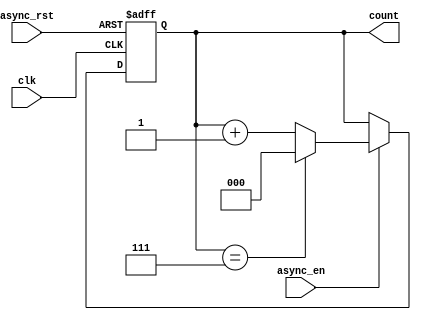
module mod_n_counter #(parameter N = 8) (
    input wire clk,        // Clock signal (not used for counting, but for simulation)
    input wire async_rst,  // Asynchronous reset signal
    input wire async_en,   // Asynchronous enable signal
    output reg [2:0] count // Output count (3 bits for Mod-8)
);

// Internal signal to track the next value of the count
wire [2:0] next_count;

// Combinational logic to increment the counter
assign next_count = (count == (N-1)) ? 3'b000 : count + 1;

// Asynchronous reset and enable logic
always @(posedge clk or posedge async_rst) begin
    if (async_rst) begin
        count <= 3'b000; // Reset the counter to 0
    end else if (async_en) begin
        count <= next_count; // Update the counter
    end
end

endmodule